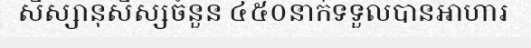
សិស្សានុសិស្សចំនួន ៤៥០នាក់ទទួលបានអាហារ